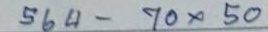
564 - 70x50